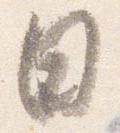
日